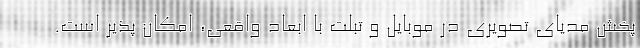
پخش مدیای تصویری در موبایل و تبلت با ابعاد واقعی، امکان پذیر است.